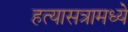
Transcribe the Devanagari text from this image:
हत्यासत्रामध्ये